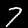
Digit: 7